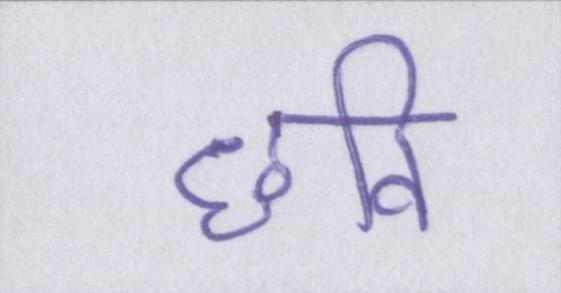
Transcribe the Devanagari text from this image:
छवि